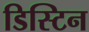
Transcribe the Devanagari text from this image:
डिस्टिन